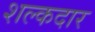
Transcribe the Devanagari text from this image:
शल्कदार